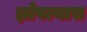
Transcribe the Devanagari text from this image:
झोपल्यास